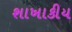
શાખાકીય